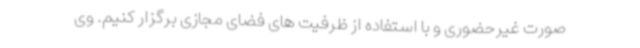
صورت غیرحضوری و با استفاده از ظرفیت های فضای مجازی برگزار کنیم. وی